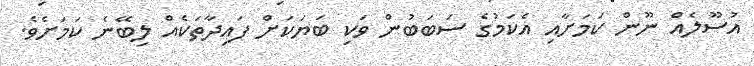
އުސޫލެއް ނޫން ކަމަށާއި އެކަމުގެ ސަބަބުން ވަކި ބަޔަކަށް ފައިދާތަކެއް ލިބޭނެ ކަމަށެވެ.